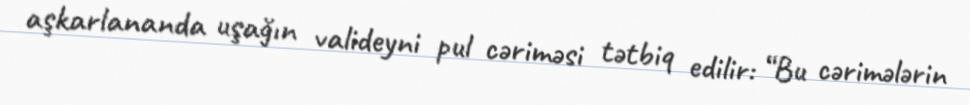
aşkarlananda uşağın valideyni pul cəriməsi tətbiq edilir: “Bu cərimələrin